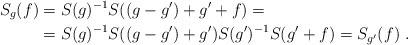
\begin{align*}S_g(f)&=S(g)^{-1}S((g-g')+g'+f)=\\&=S(g)^{-1}S((g-g')+g')S(g')^{-1}S(g'+f)=S_{g'}(f)\ .\end{align*}